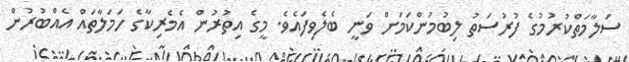
ސަލާމަތްކުރުމުގެ ފުރުސަތު ލިބުމުންކަމަށް ވަނީ ބެލެވިފައެވެ. މީގެ އިތުރުން އެމެރިކާގެ ހަމަލާތައް އެއްބުރުން